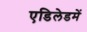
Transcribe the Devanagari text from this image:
एडिलेडमें